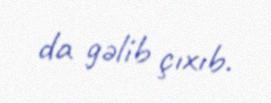
da gəlib çıxıb.